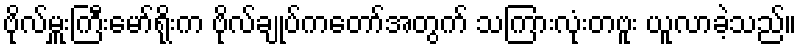
ဗိုလ်မှူးကြီးမော်ရိုးက ဗိုလ်ချုပ်ကတော်အတွက် သကြားလုံးတဗူး ယူလာခဲ့သည်။